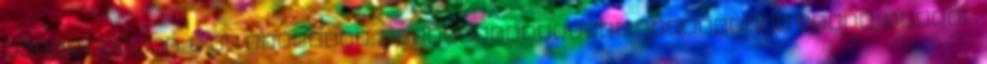
meleg helyen. A jó minőségű, gyorsfagyasztott zöldborsót forró, lobogó